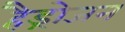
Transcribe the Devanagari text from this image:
हैड्रोजन